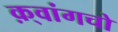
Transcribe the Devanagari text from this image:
क़्वांगचो